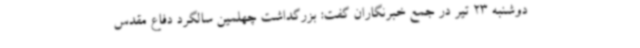
دوشنبه 23 تیر در جمع خبرنگاران گفت: بزرگداشت چهلمین سالگرد دفاع مقدس